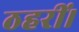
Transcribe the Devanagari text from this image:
ठहरीं।